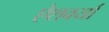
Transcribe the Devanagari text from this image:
ऐशवर्या